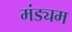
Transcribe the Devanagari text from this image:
मंड्यम